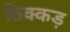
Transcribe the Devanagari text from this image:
ठिक्कड़